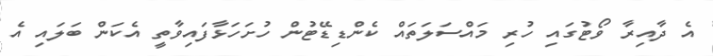
އެ ދާއިރާ ވޯޓުގައި ހުރި މައްސަލަތައް ކެންޑިޑޭޓުން ހުށަހަޅާފައިވާތީ އެކަން ބަލައި އެ